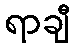
ရာချီ